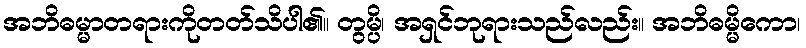
အဘိဓမ္မာတရားကိုတတ်သိပါ၏။ တွမ္ပိ၊ အရှင်ဘုရားသည်လည်း။ အဘိဓမ္မိကော၊